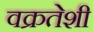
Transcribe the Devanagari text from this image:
वक्रतेशी